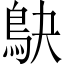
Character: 鴃